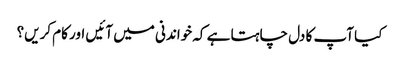
کیا آپ کا دل چاہتا ہے کہ خواندنی میں آئیں اور کام کریں؟